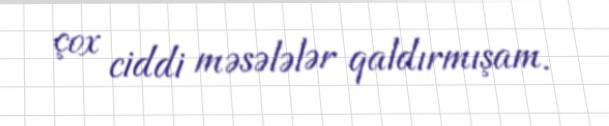
çox ciddi məsələlər qaldırmışam.